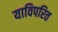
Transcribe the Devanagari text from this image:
याविपरित